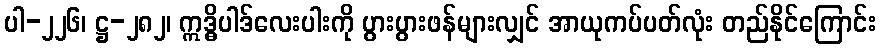
ပါ-၂၂၆၊ ဋ္ဌ-၂၈၂၊ ဣဒ္ဓိပါဒ်လေးပါးကို ပွားပွားဖန်များလျှင် အာယုကပ်ပတ်လုံး တည်နိုင်ကြောင်း